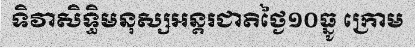
ទិវាសិទ្ធិមនុស្សអន្តរជាតិថ្ងៃ១០ធ្នូ ក្រោម